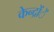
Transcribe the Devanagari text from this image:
केन्द्रोंें